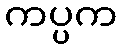
ကပ္ပက